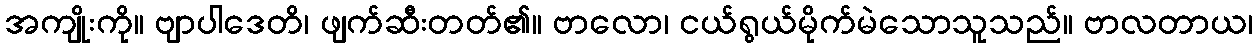
အကျိုးကို။ ဗျာပါဒေတိ၊ ဖျက်ဆီးတတ်၏။ ဗာလော၊ ငယ်ရွယ်မိုက်မဲသောသူသည်။ ဗာလတာယ၊